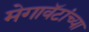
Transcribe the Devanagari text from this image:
मेगावॅटांच्या